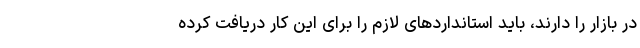
در بازار را دارند، باید استانداردهای لازم را برای این کار دریافت کرده